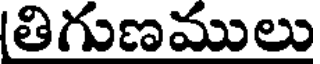
(తిగుణములు